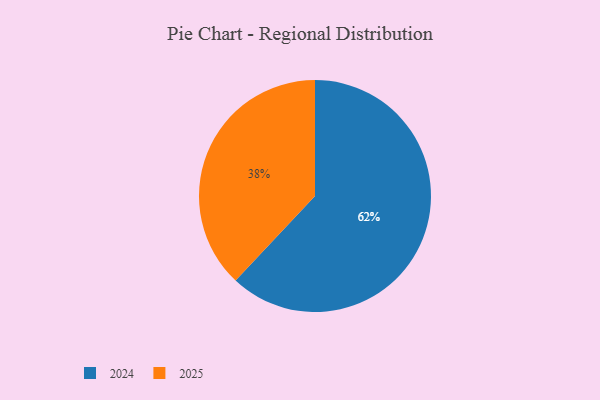
{"axis": {"x": "Category", "y": "Percentage"}, "legend": ["2024", "2025"], "data": [{"x": "2025", "y": 38, "type": "2025"}, {"x": "2024", "y": 62, "type": "2024"}]}